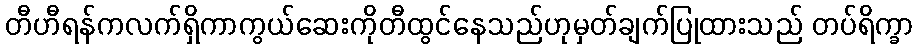
တီဟီရန်ကလက်ရှိကာကွယ်ဆေးကိုတီထွင်နေသည်ဟုမှတ်ချက်ပြုထားသည် တပ်ရိက္ခာ